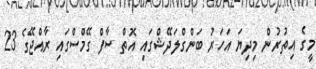
މީގެ އިތުރުން މިދިޔަ އަހަރު ބަންގްލަދޭޝްގައި އޮތް ސާފް ގޭމްސްގައި ރާއްޖޭގެ 23